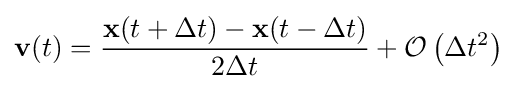
\mathbf {v} (t)={\frac {\mathbf {x} (t+\Delta t)-\mathbf {x} (t-\Delta t)}{2\Delta t}}+{\mathcal {O}}\left(\Delta t^{2}\right)